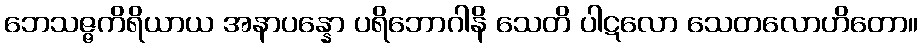
ဘေသဇ္ဇကိရိယာယ အနာပန္နော ပရိဘောဂါနိ သေတိ ပါဋလော သေတလောဟိတော။